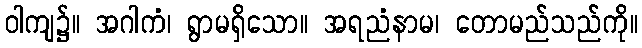
ဝါကျ၌။ အဂါကံ၊ ရွာမရှိသော။ အရညံနာမ၊ တောမည်သည်ကို။